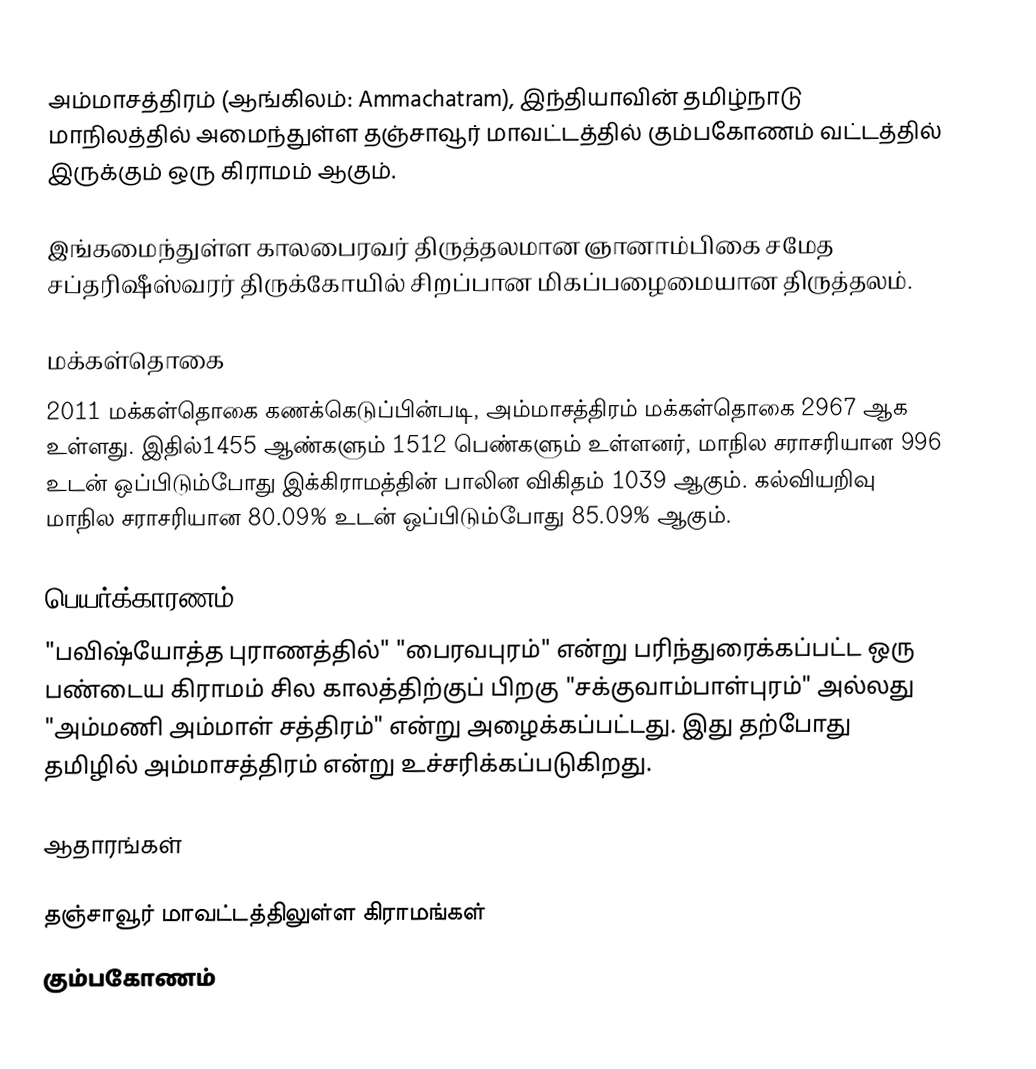
அம்மாசத்திரம்  (ஆங்கிலம்: Ammachatram), இந்தியாவின் தமிழ்நாடு மாநிலத்தில் அமைந்துள்ள தஞ்சாவூர் மாவட்டத்தில்  கும்பகோணம் வட்டத்தில் இருக்கும் ஒரு கிராமம் ஆகும்.

இங்கமைந்துள்ள காலபைரவர் திருத்தலமான ஞானாம்பிகை சமேத சப்தரிஷீஸ்வரர் திருக்கோயில் சிறப்பான மிகப்பழைமையான திருத்தலம்.

மக்கள்தொகை
2011 மக்கள்தொகை கணக்கெடுப்பின்படி, அம்மாசத்திரம் மக்கள்தொகை 2967 ஆக உள்ளது. இதில்1455 ஆண்களும் 1512 பெண்களும் உள்ளனர், மாநில சராசரியான 996 உடன் ஒப்பிடும்போது இக்கிராமத்தின் பாலின விகிதம் 1039 ஆகும். கல்வியறிவு மாநில சராசரியான 80.09% உடன் ஒப்பிடும்போது 85.09% ஆகும்.

பெயர்க்காரணம்
"பவிஷ்யோத்த புராணத்தில்" "பைரவபுரம்" என்று பரிந்துரைக்கப்பட்ட ஒரு பண்டைய கிராமம் சில காலத்திற்குப் பிறகு "சக்குவாம்பாள்புரம்" அல்லது "அம்மணி அம்மாள் சத்திரம்" என்று அழைக்கப்பட்டது. இது தற்போது தமிழில் அம்மாசத்திரம் என்று உச்சரிக்கப்படுகிறது.

ஆதாரங்கள்

தஞ்சாவூர் மாவட்டத்திலுள்ள கிராமங்கள்
கும்பகோணம்